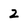
Character: 2